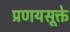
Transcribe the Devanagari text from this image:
प्रणयसूक्ते